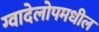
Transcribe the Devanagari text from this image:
ग्वादेलोपमधील